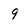
Character: 9